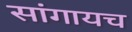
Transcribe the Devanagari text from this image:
सांगायच